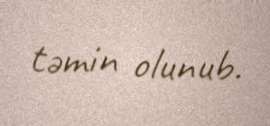
təmin olunub.